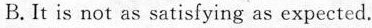
B.It is not as satisfying as expected.